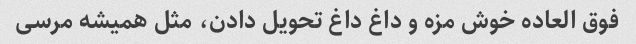
فوق العاده خوش مزه و داغ داغ تحویل دادن، مثل همیشه مرسی